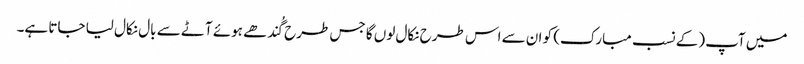
میں آپ (کے نسب مبارک) کو ان سے اس طرح نکال لوں گا جس طرح گُندھے ہوئے آٹے سے بال نکال لیا جاتا ہے۔